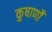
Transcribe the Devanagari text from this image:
कुषाणोँ